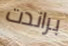
براندت